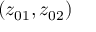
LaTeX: ( z _ { 0 1 } , z _ { 0 2 } )